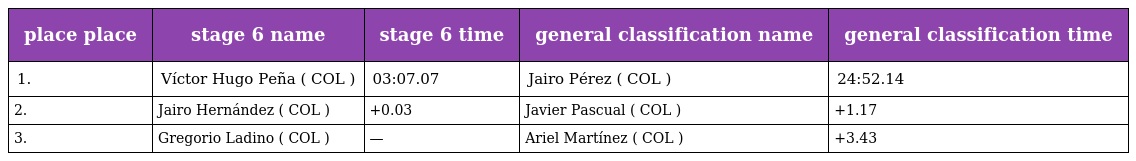
| place place | stage 6 name | stage 6 time | general classification name | general classification time |
 | --- | --- | --- | --- | --- |
 | 1. | Víctor Hugo Peña ( COL ) | 03:07.07 | Jairo Pérez ( COL ) | 24:52.14 |
 | 2. | Jairo Hernández ( COL ) | +0.03 | Javier Pascual ( COL ) | +1.17 |
 | 3. | Gregorio Ladino ( COL ) | — | Ariel Martínez ( COL ) | +3.43 |